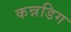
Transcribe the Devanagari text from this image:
कन्नडिग